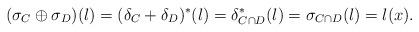
LaTeX: \begin{align*} (\sigma_C \oplus \sigma_D)(l) = (\delta_C+\delta_D)^*(l) = \delta_{C\cap D}^*(l) = \sigma_{C\cap D}(l) = l(x). \end{align*}